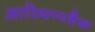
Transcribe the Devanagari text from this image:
आरियप्पडैक